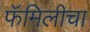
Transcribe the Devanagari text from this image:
फॅमिलीचा